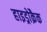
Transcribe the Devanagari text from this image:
हाइड्रोक्रैक